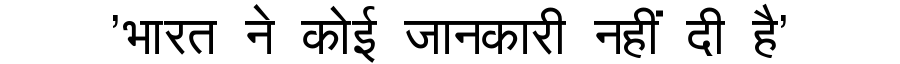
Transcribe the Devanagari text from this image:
'भारत ने कोई जानकारी नहीं दी है'